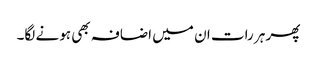
پھر ہر رات ان میں اضافہ بھی ہونے لگا۔